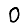
Digit: 0